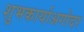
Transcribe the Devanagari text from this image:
शुभकार्याअगोदर